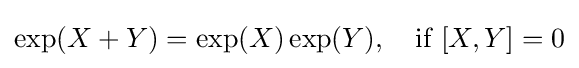
\exp(X+Y)=\exp(X)\exp(Y),\quad {\text{if }}[X,Y]=0